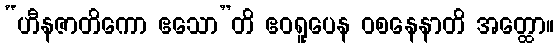
“ဟီနဇာတိကော ဧသော”တိ ဧဝရူပေန ဝစနေနာတိ အတ္ထော။